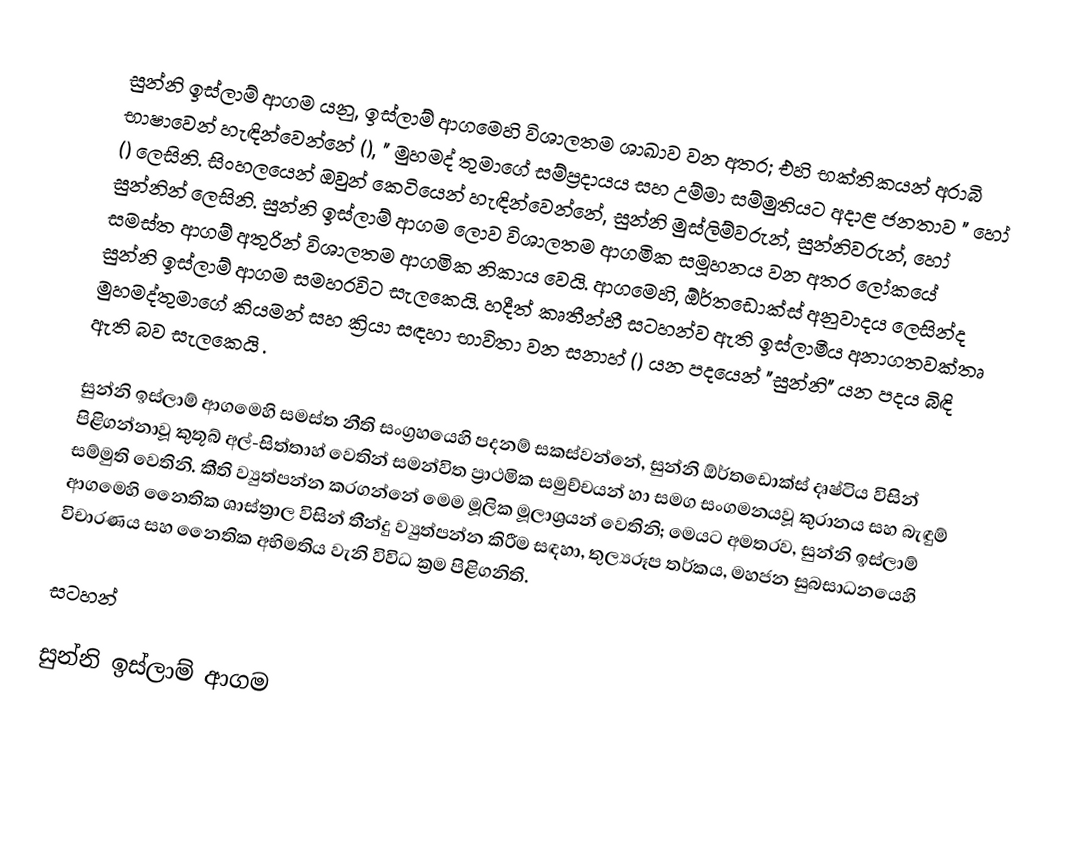
සුන්නි ඉස්ලාම් ආගම යනු,   ඉස්ලාම් ආගමෙහි  විශාලතම ශාඛාව වන අතර; එහි භක්තිකයන් අරාබි භාෂාවෙන් හැඳින්වෙන්නේ  (), " මුහමද් තුමාගේ සම්ප්‍රදායය සහ  උම්මා සම්මුතියට අදාළ ජනතාව " හෝ  () ලෙසිනි.  සිංහලයෙන් ඔවුන් කෙටියෙන් හැඳින්වෙන්නේ, සුන්නි මුස්ලිම්වරුන්, සුන්නිවරුන්, හෝ සුන්නින් ලෙසිනි. සුන්නි ඉස්ලාම් ආගම ලොව විශාලතම ආගමික සමූහනය වන අතර  ලෝකයේ සමස්ත ආගම් අතුරින් විශාලතම ආගමික නිකාය වෙයි.  ආගමෙහි, ඕර්තඩොක්ස් අනුවාදය ලෙසින්ද සුන්නි ඉස්ලාම් ආගම සමහරවිට සැලකෙයි.   හදීත් කෘතීන්හී සටහන්ව ඇති  ඉස්ලාමීය අනාගතවක්තෘ මුහමද්තුමාගේ කියමන් සහ ක්‍රියා සඳහා භාවිතා වන සනාහ් () යන පදයෙන් "සුන්නි" යන පදය බිඳි ඇති බව සැලකෙයි .

සුන්නි ඉස්ලාම් ආගමෙහි සමස්ත නීති සංග්‍රහයෙහි පදනම්  සකස්වන්නේ, සුන්නි ඕර්තඩොක්ස් දෘෂ්ටිය විසින් පිළිගන්නාවූ කුතූබ් අල්-සිත්තාහ් වෙතින් සමන්විත ප්‍රාථමික සමුච්චයන් හා සමග සංගමනයවූ කුරානය සහ බැඳුම් සම්මුති වෙතිනි. කීති ව්‍යුත්පන්න කරගන්නේ මෙම මූලික මූලාශ්‍රයන් වෙතිනි; මෙයට අමතරව, සුන්නි ඉස්ලාම් ආගමෙහි නෛතික ශාස්ත්‍රාල විසින් තීන්දු ව්‍යුත්පන්න කිරීම සඳහා, තුල්‍යරූප තර්කය,  මහජන සුබසාධනයෙහි විචාරණය සහ නෛතික අභිමතිය වැනි විවිධ ක්‍රම පිළිගනිති.

සටහන්

සුන්නි ඉස්ලාම් ආගම